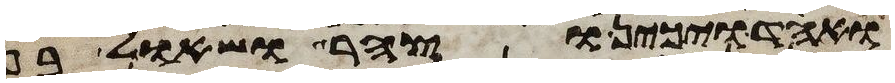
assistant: ואחד ויכין וצהר ושאול בן